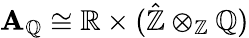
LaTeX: \mathbf{A}_{\mathbb{Q}}\cong\mathbb{R}\times({\hat{\mathbb{Z}}}\otimes_{\mathbb{Z}}\mathbb{Q})